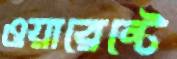
ওয়ারেন্টে